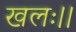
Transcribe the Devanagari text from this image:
खलः।।